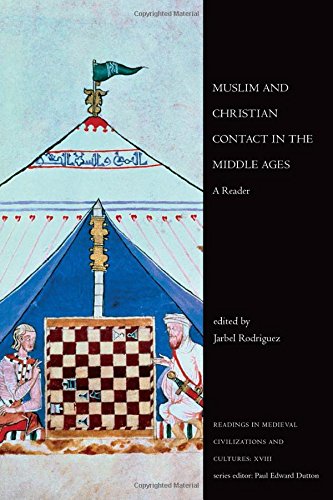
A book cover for Muslim and Christian Contact in the Middle Ages: A Reader (Readings in Medieval Civilizations and Cultures); Religion & Spirituality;